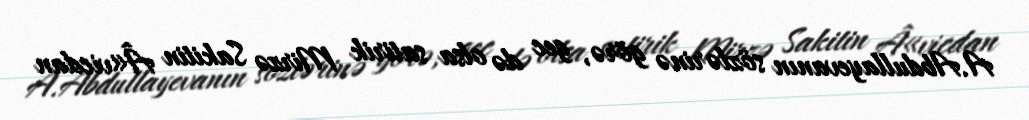
A.Abdullayevanın sözlərinə görə, gec də olsa satirik Mirzə Sakitin Â«vicdan